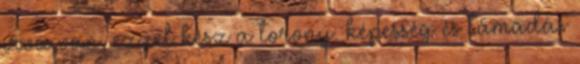
írva van, ezzel kész a torony. képesség és támadás